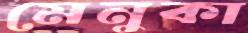
মেনুকা